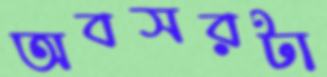
অবসরটা